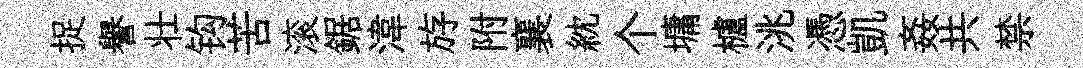
捉譽壮钩苦滚鋸湋斿附襄紞个墉櫨洮憑凱姦共禁